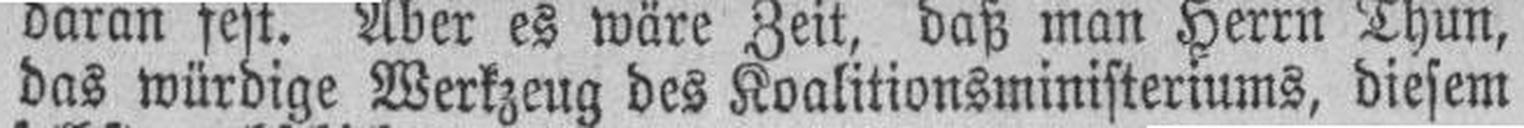
das würdige Werkzeug des Koalitionsministeriums, diesem